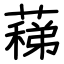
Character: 蕛